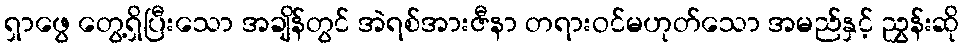
ရှာဖွေ တွေ့ရှိပြီးသော အချိန်တွင် အဲရစ်အားဇီနာ တရားဝင်မဟုတ်သော အမည်နှင့် ညွှန်းဆို